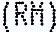
(RM)